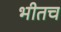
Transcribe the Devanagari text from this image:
भीतच